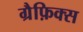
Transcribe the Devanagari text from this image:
ग्रैफ़िक्स